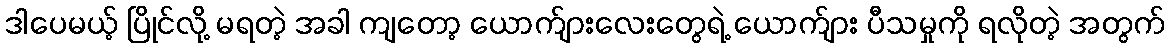
ဒါပေမယ့် ပြိုင်လို့ မရတဲ့ အခါ ကျတော့ ယောက်ျားလေးတွေရဲ့ ယောက်ျား ပီသမှုကို ရလိုတဲ့ အတွက်